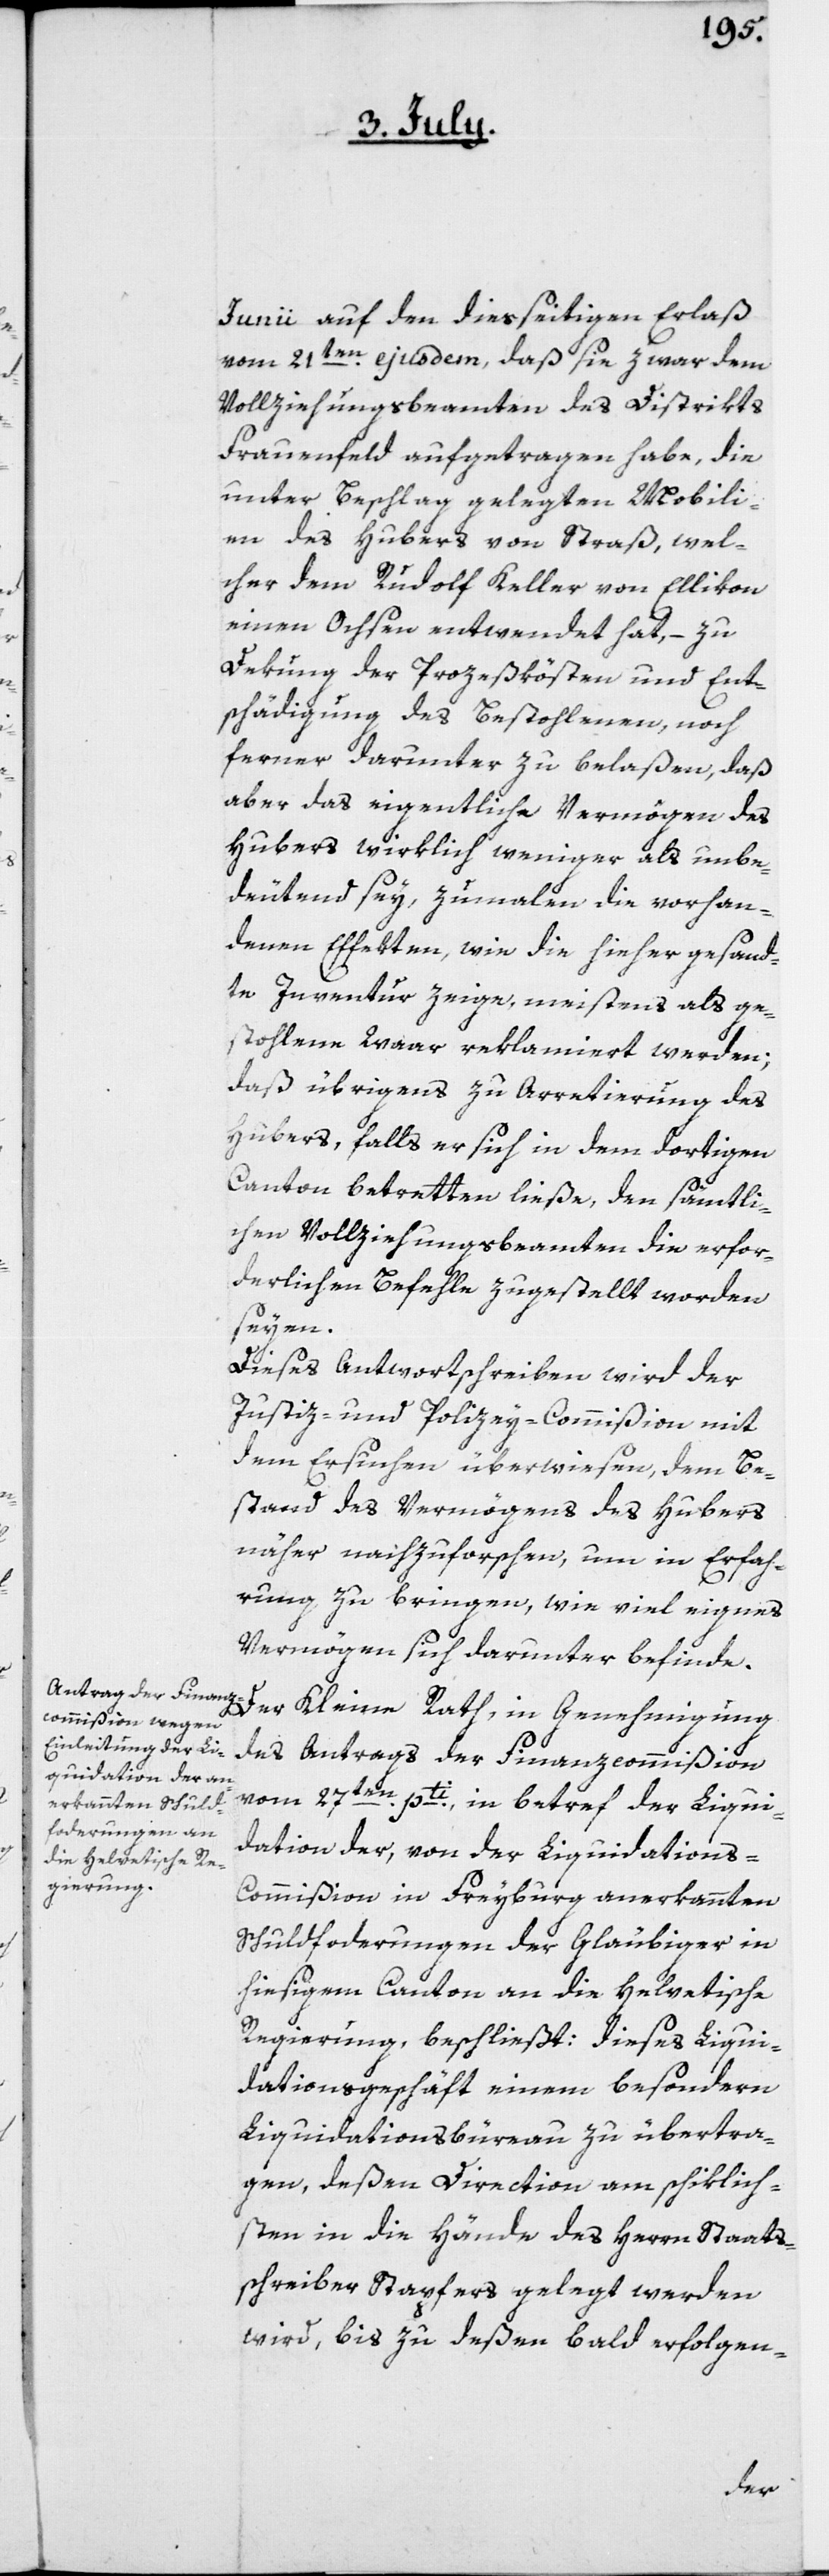
Junii auf den diesseitigen Erlaß
vom 21ten ejusdem, daß sie zwar dem
Vollziehungsbeamten des Distrikts
Frauenfeld aufgetragen habe, die
unter Beschlag gelegten Mobili¬
en des Hubers von Straß, wel¬
cher dem Rudolf Keller von Ellikon
einen Ochsen entwendet hat, – zu
Dekung der Prozeßkösten und Ent¬
schädigung des Bestohlenen, noch
ferner darunter zu belaßen, daß
aber das eigentliche Vermögen des
Hubers wirklich weniger als unbe¬
deutend sey, zumalen die vorhan¬
denen Effekten, wie die hieher gesand¬
te Inventur zeige, meistens als ge¬
stohlene Waar reklamiert werden;
daß übrigens zu Arretierung des
Hubers, falls er sich in dem dortigen
Canton betretten ließe, den sämtli¬
chen Vollziehungsbeamten die erfor¬
derlichen Befehle zugestellt worden
seyen.
Dieses Antwortschreiben wird der
Justiz- und Polizey-Commißion mit
dem Ersuchen überwiesen, dem Be¬
stand des Vermögens des Hubers
näher nachzuforschen, um in Erfah¬
rung zu bringen, wie viel eignes
Vermögen sich darunter befinde.
Der Kleine Rath, in Genehmigung
des Antrags der Finanzcommißion
vom 27ten pti in betref der Liqui¬
dation der, von der Liquidation¬
s-Commißion in Freyburg anerkannten
Schuldforderungen der Gläubiger in
hiesigem Canton an die Helvetische
Regierung, beschließt: Dieses Liqui¬
dationsgeschäft einem besondern
Liquidationsbüreau zu übertra¬
gen, deßen Direction am schiklich¬
sten in die Hände des Herrn Staats¬
schreiber Stapfers gelegt werden
wird, bis zu deßen bald erfolgen-